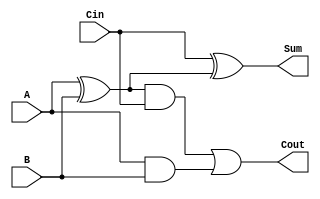
module adder (Sum, Cout, Cin, A, B);
    input Cin, A, B;
    output Sum, Cout;

    wire w_xr0, w_A0, w_A1;

    xor xr0(w_xr0, A, B);
    xor xr1 (Sum, Cin, w_xr0);

    and A0(w_A0, w_xr0, Cin);
    and A1(w_A1, A, B);

    or r0(Cout, w_A0, w_A1);
endmodule